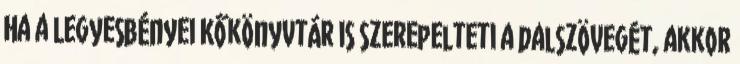
Ha a Legyesbényei Kőkönyvtár is szerepelteti a dalszövegét, akkor